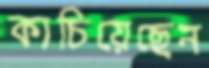
কাচিয়েছেন